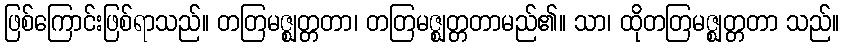
ဖြစ်ကြောင်းဖြစ်ရာသည်။ တတြမဇ္ဈတ္တတာ၊ တတြမဇ္ဈတ္တတာမည်၏။ သာ၊ ထိုတတြမဇ္ဈတ္တတာ သည်။